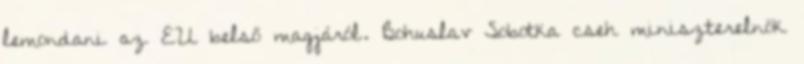
lemondani az EU belső magjáról. Bohuslav Sobotka cseh miniszterelnök